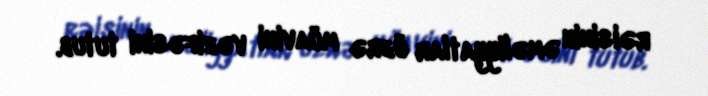
rəisinin əməliyyatlar üzrə müavini vəzifəsini tutub.